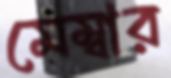
মেম্বার